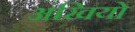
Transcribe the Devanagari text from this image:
अंखियो